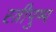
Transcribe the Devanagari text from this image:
स्त्रीपुष्प